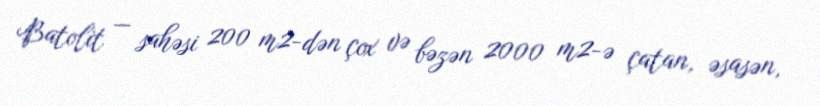
Batolit — sahəsi 200 m2-dən çox və bəzən 2000 m2-ə çatan, əsasən,